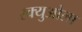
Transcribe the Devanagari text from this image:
स्क्युओला